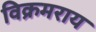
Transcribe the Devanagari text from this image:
विक्रमराय